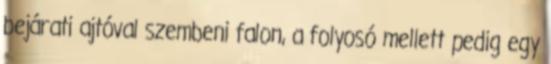
bejárati ajtóval szembeni falon, a folyosó mellett pedig egy